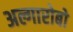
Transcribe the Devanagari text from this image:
अल्गारोबो